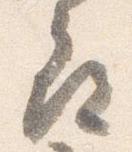
尋